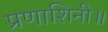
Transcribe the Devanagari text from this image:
प्रणाशिनी॥